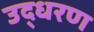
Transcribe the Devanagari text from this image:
उद्‍धरण